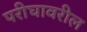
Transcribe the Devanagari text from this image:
परीघावरील